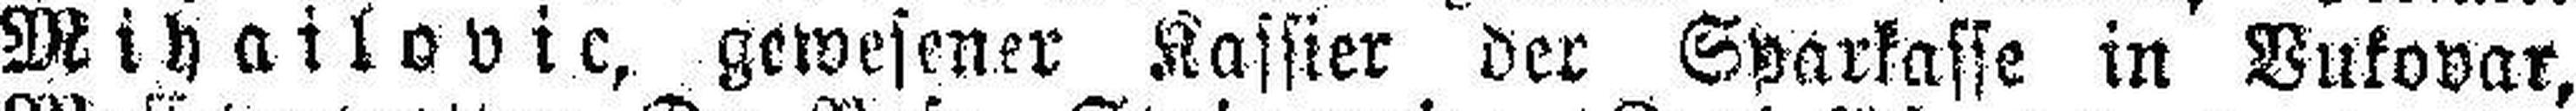
Wihailovic, gewesener Kassier der Sparkasse in Vukovar,